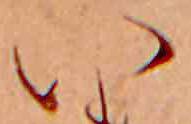
い